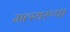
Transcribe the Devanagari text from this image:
मत्स्यरूपा